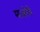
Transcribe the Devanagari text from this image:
माओचे